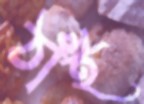
ঠাঁই